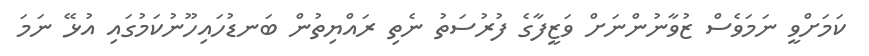
ކަމަށްވީ ނަމަވެސް ޒުވާނުންނަށް ވަޒީފާގެ ފުރުސަތު ނެތި ރައްޔިތުން ބަނޑުހައިހޫނުކަމުގައި އުޅޭ ނަމަ